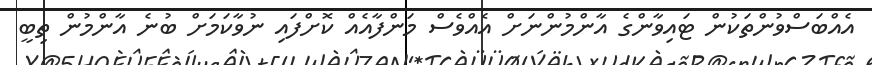
އެއްބަސްވުންތަކުން ޓައިވާންގެ އާންމުންނަށް އެއްވެސް މަންފާއެއް ކޮށްފައި ނުވާކަމަށް ބުނެ އާންމުން ތިބީ